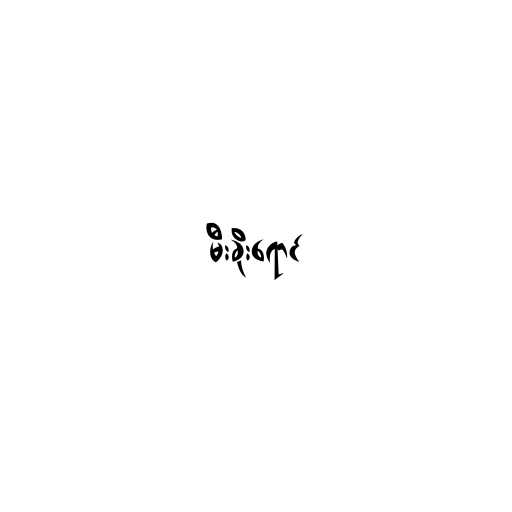
မီးခိုးရောင်